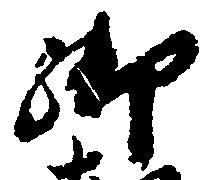
御